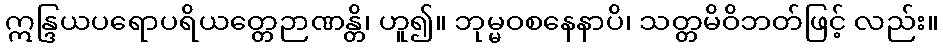
ဣန္ဒြယပရောပရိယတ္တေဉာဏန္တိ၊ ဟူ၍။ ဘုမ္မဝစနေနာပိ၊ သတ္တမိဝိဘတ်ဖြင့် လည်း။